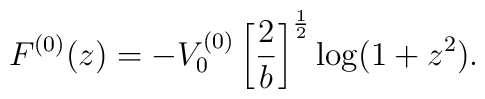
F^{(0)}(z)=-V_{0}^{(0)}\left[\frac{2}{b}\right]^{\frac{1}{2}}\log(1+z^2).